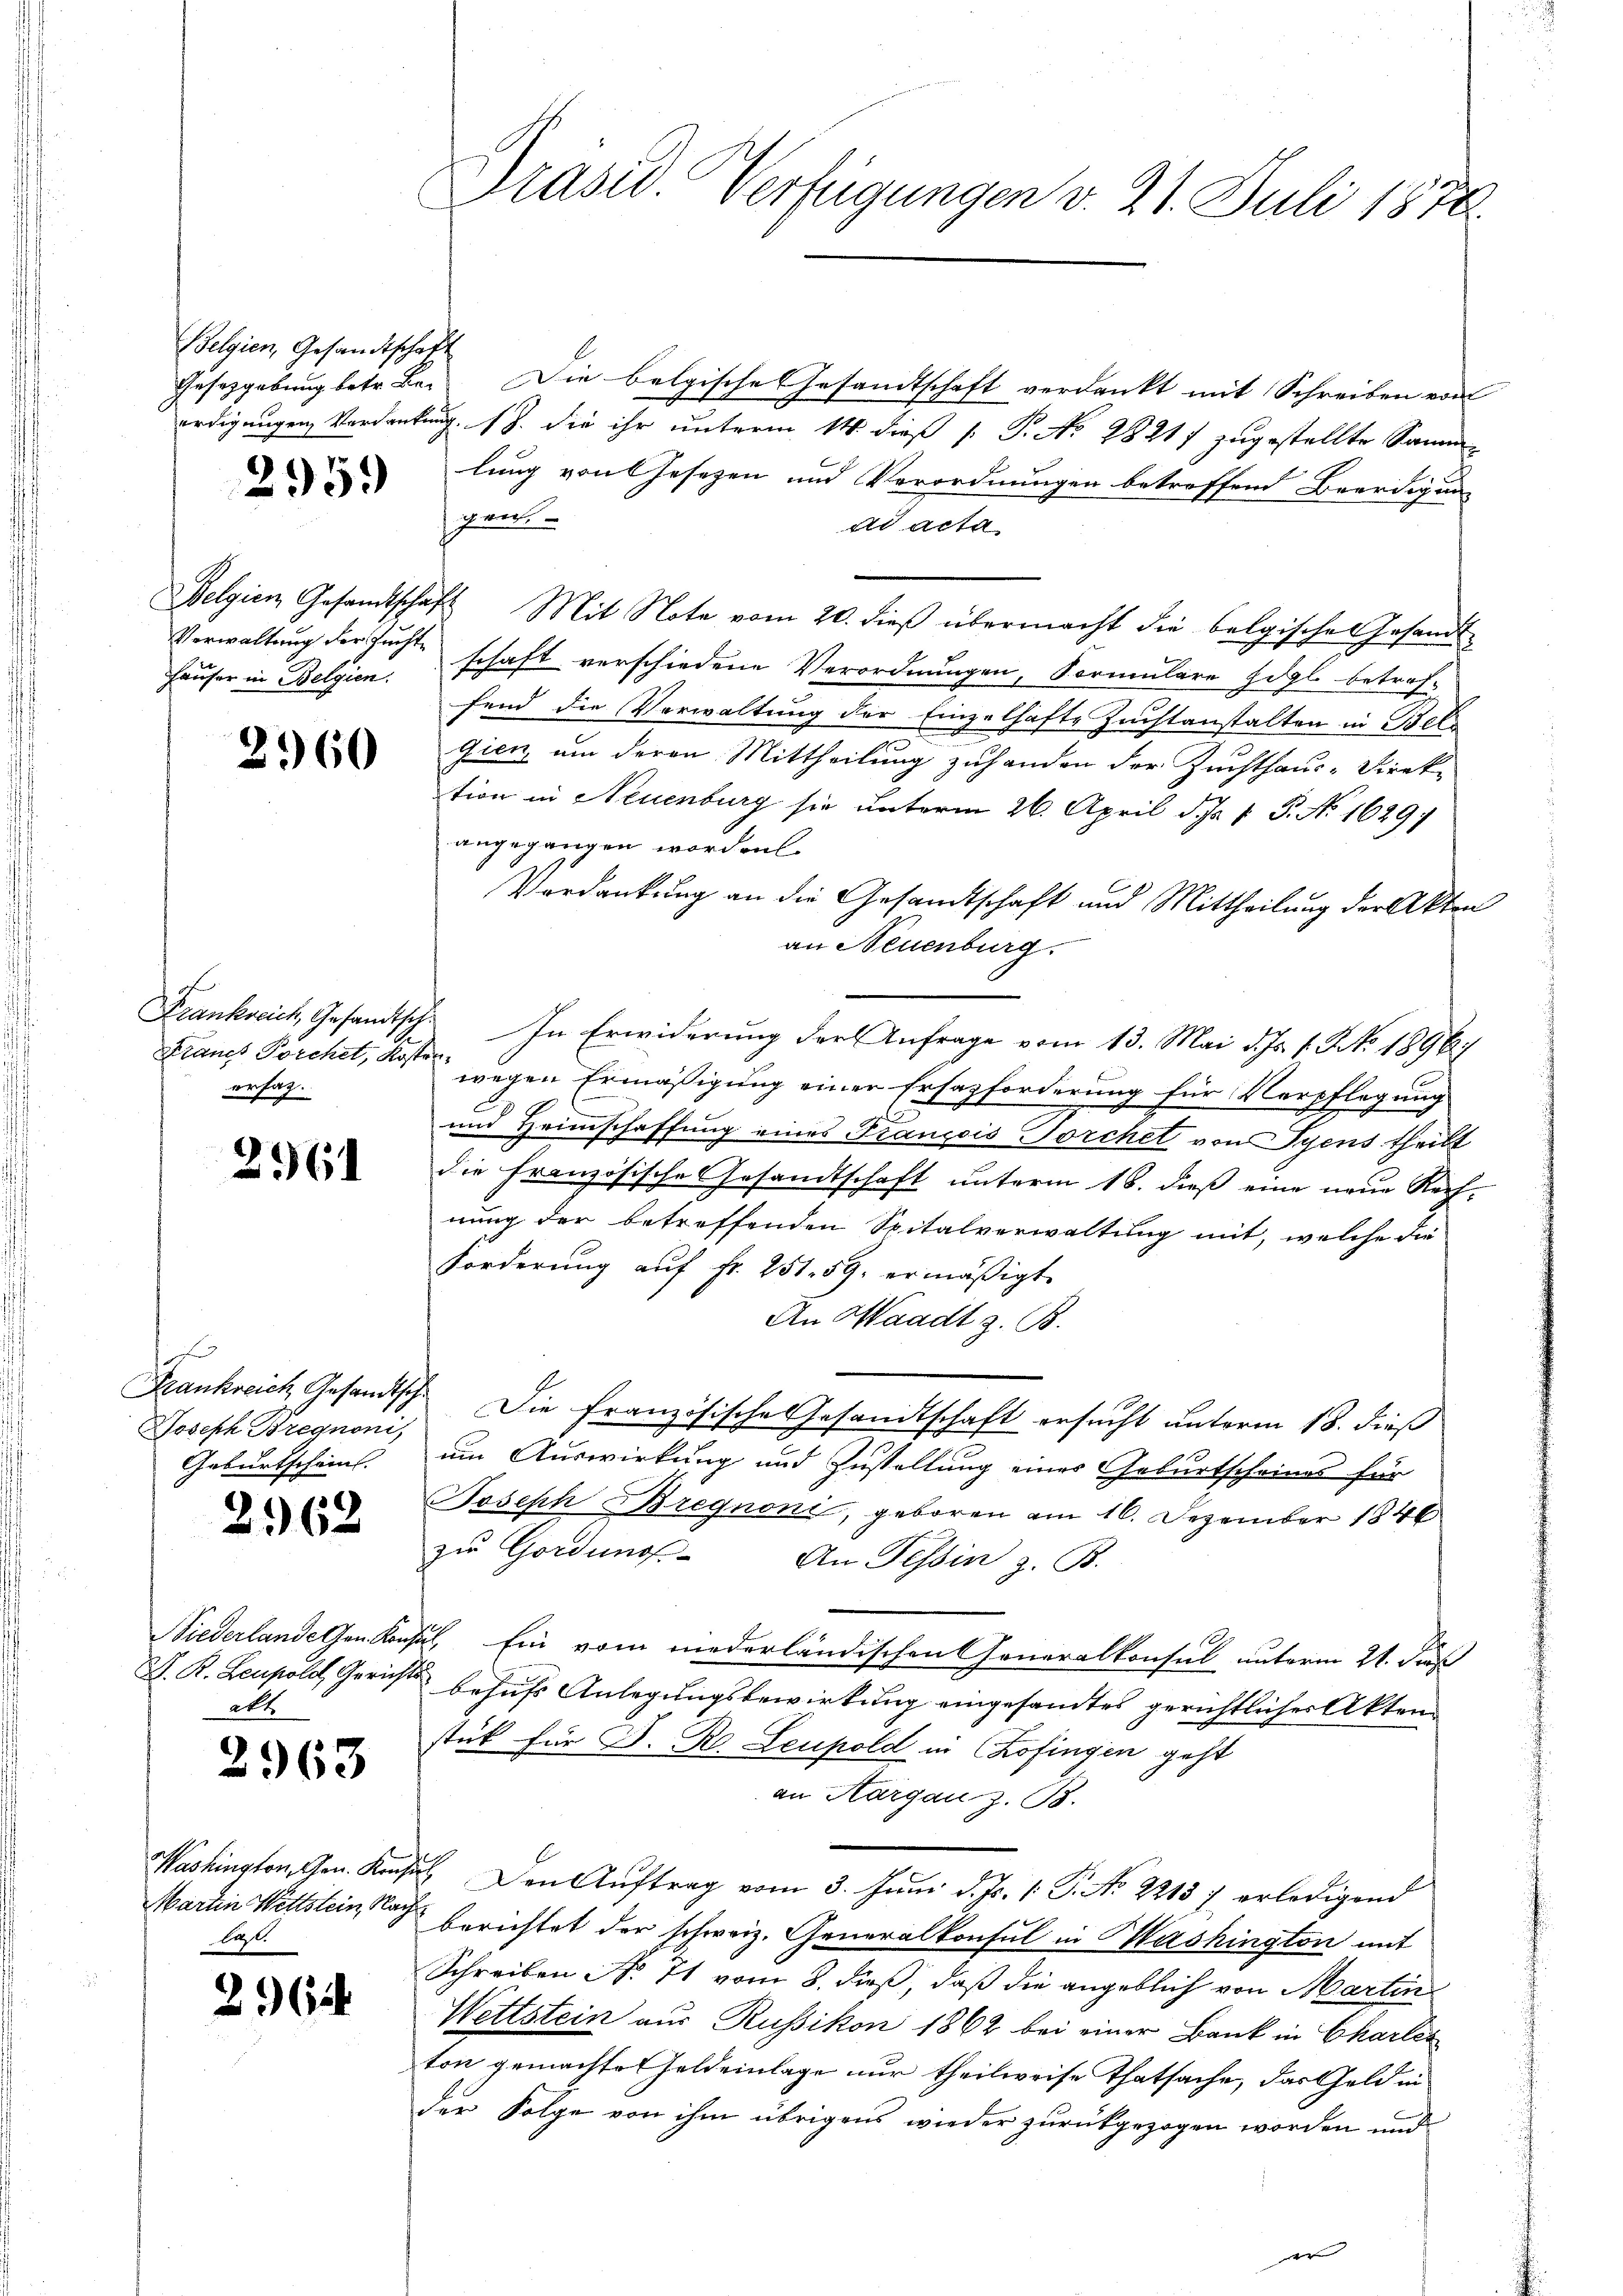
Belgien, Gesandtschaft

2362

3

2959

Häuser in Belgien.

2960

ersag.

2961

Joseph Bregnoni,
Geburtschein.

akt

963

Martin Wettstein, Nalas.

2962

Gesetzgebung betr. Be. Die belgische Gesandtschaft verdankt mit Schreiben von
erdigungen Verdankung. (S. die ihr unterm 14. dieß P. P. Nr. 28217 zugestellte Sammlung von Gesezen und Verordnungen betroffend Beerdigung
gen.
ad acta
Belgien Gesandtschaft Mit Note vom 20. dieß übermacht die belgischen Gesandt-
Verwaltung der Zuchte schaft verschiedene Verordnungen, Vormulare Högl. betref-
fend die Verwaltung der Einzelhafte Zuchtanstalten in Bet
gien um deren Mittheilung zuhanden der Zuchthaus-Direk-
tion in Neuenburg sie unterm 26. April d. J. P. P. No 1629
angegangen worden.
Verdankung an die Gesandtschaft und Mittheilung der Akten
an Neuenburg.
Frankreich, Gesandtsch. In Erwiderung der Anfrage vom 13. Mai d. Js. f. No. 1896.
Francs Forchel, Kosten wegen Ermäßigung einer Ersatzforderung für Verpflegung
und Heimschaffung eines Franzois Torchet von Syens theilt
die französische Gesandtschaft unterm 18. dieß eine neue Rechnung der betreffenden Spitalverwaltung mit, welche die
Forderung aŭf Fr. 251. 59. ermäßigt.
An Waadt z. B.
Frankreich Gesandtsch. Die französische Gesandtschaft ersucht unterm 18. dieß
um Auswirkung und Zustellung eines Geburtscheines für
Joseph regnoni, geboren am 16. Dezember 1846
zŭ Gordunst. An Tessin z. B.
Niederlande Gen. Konsul, Ein vom niederländischen Generalkonsul unterm 21. Fuß
J. K. Leopold, Gerichts behufs Anlegungsbewirkung eingesamtes gerichtlicher Aktenstik für J. R. Leupold in Chofingen geht
an Aargau z. B.
Washington, Gen. Konsul Den Auftrag vom 3. Juni d. Js. 1. P. Nr. 22157 erledigend
 berichtet der schweiz. Generalkonsul in Mashington mit
Schreiben No 71 vom 8. dieß, daß die angeblich von Martin
Wettstein aus Russikon 1862 bei einer Bank in Charles
ton gemachte Geldeinlage nur theilweise Thatsache, das Geld in
der Folge von ihm übrigens wieder zurückgezogen worden und

Präsid. Verfügungen v. 21. Juli 1878.